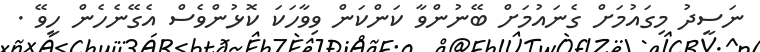
ނަސީދު މިގައުމަށް ގެނައުމަށް ބޭނުންވާ ކަންކަން ވިވާހަކަ ކޮޅުންވެސް އެގޭނެހެން ހީވޭ .